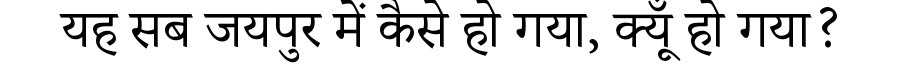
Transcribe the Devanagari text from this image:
यह सब जयपुर में कैसे हो गया, क्यूँ हो गया?